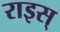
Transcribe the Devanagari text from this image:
राइस्